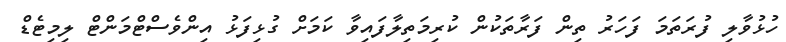
ހުޅުވާލި ފުރަތަމަ ފަހަރު ތިން ފަރާތަކުން ކުރިމަތިލާފައިވާ ކަމަށް ގުޅިފަޅު އިންވެސްޓްމަންޓް ލިމިޓެޑް